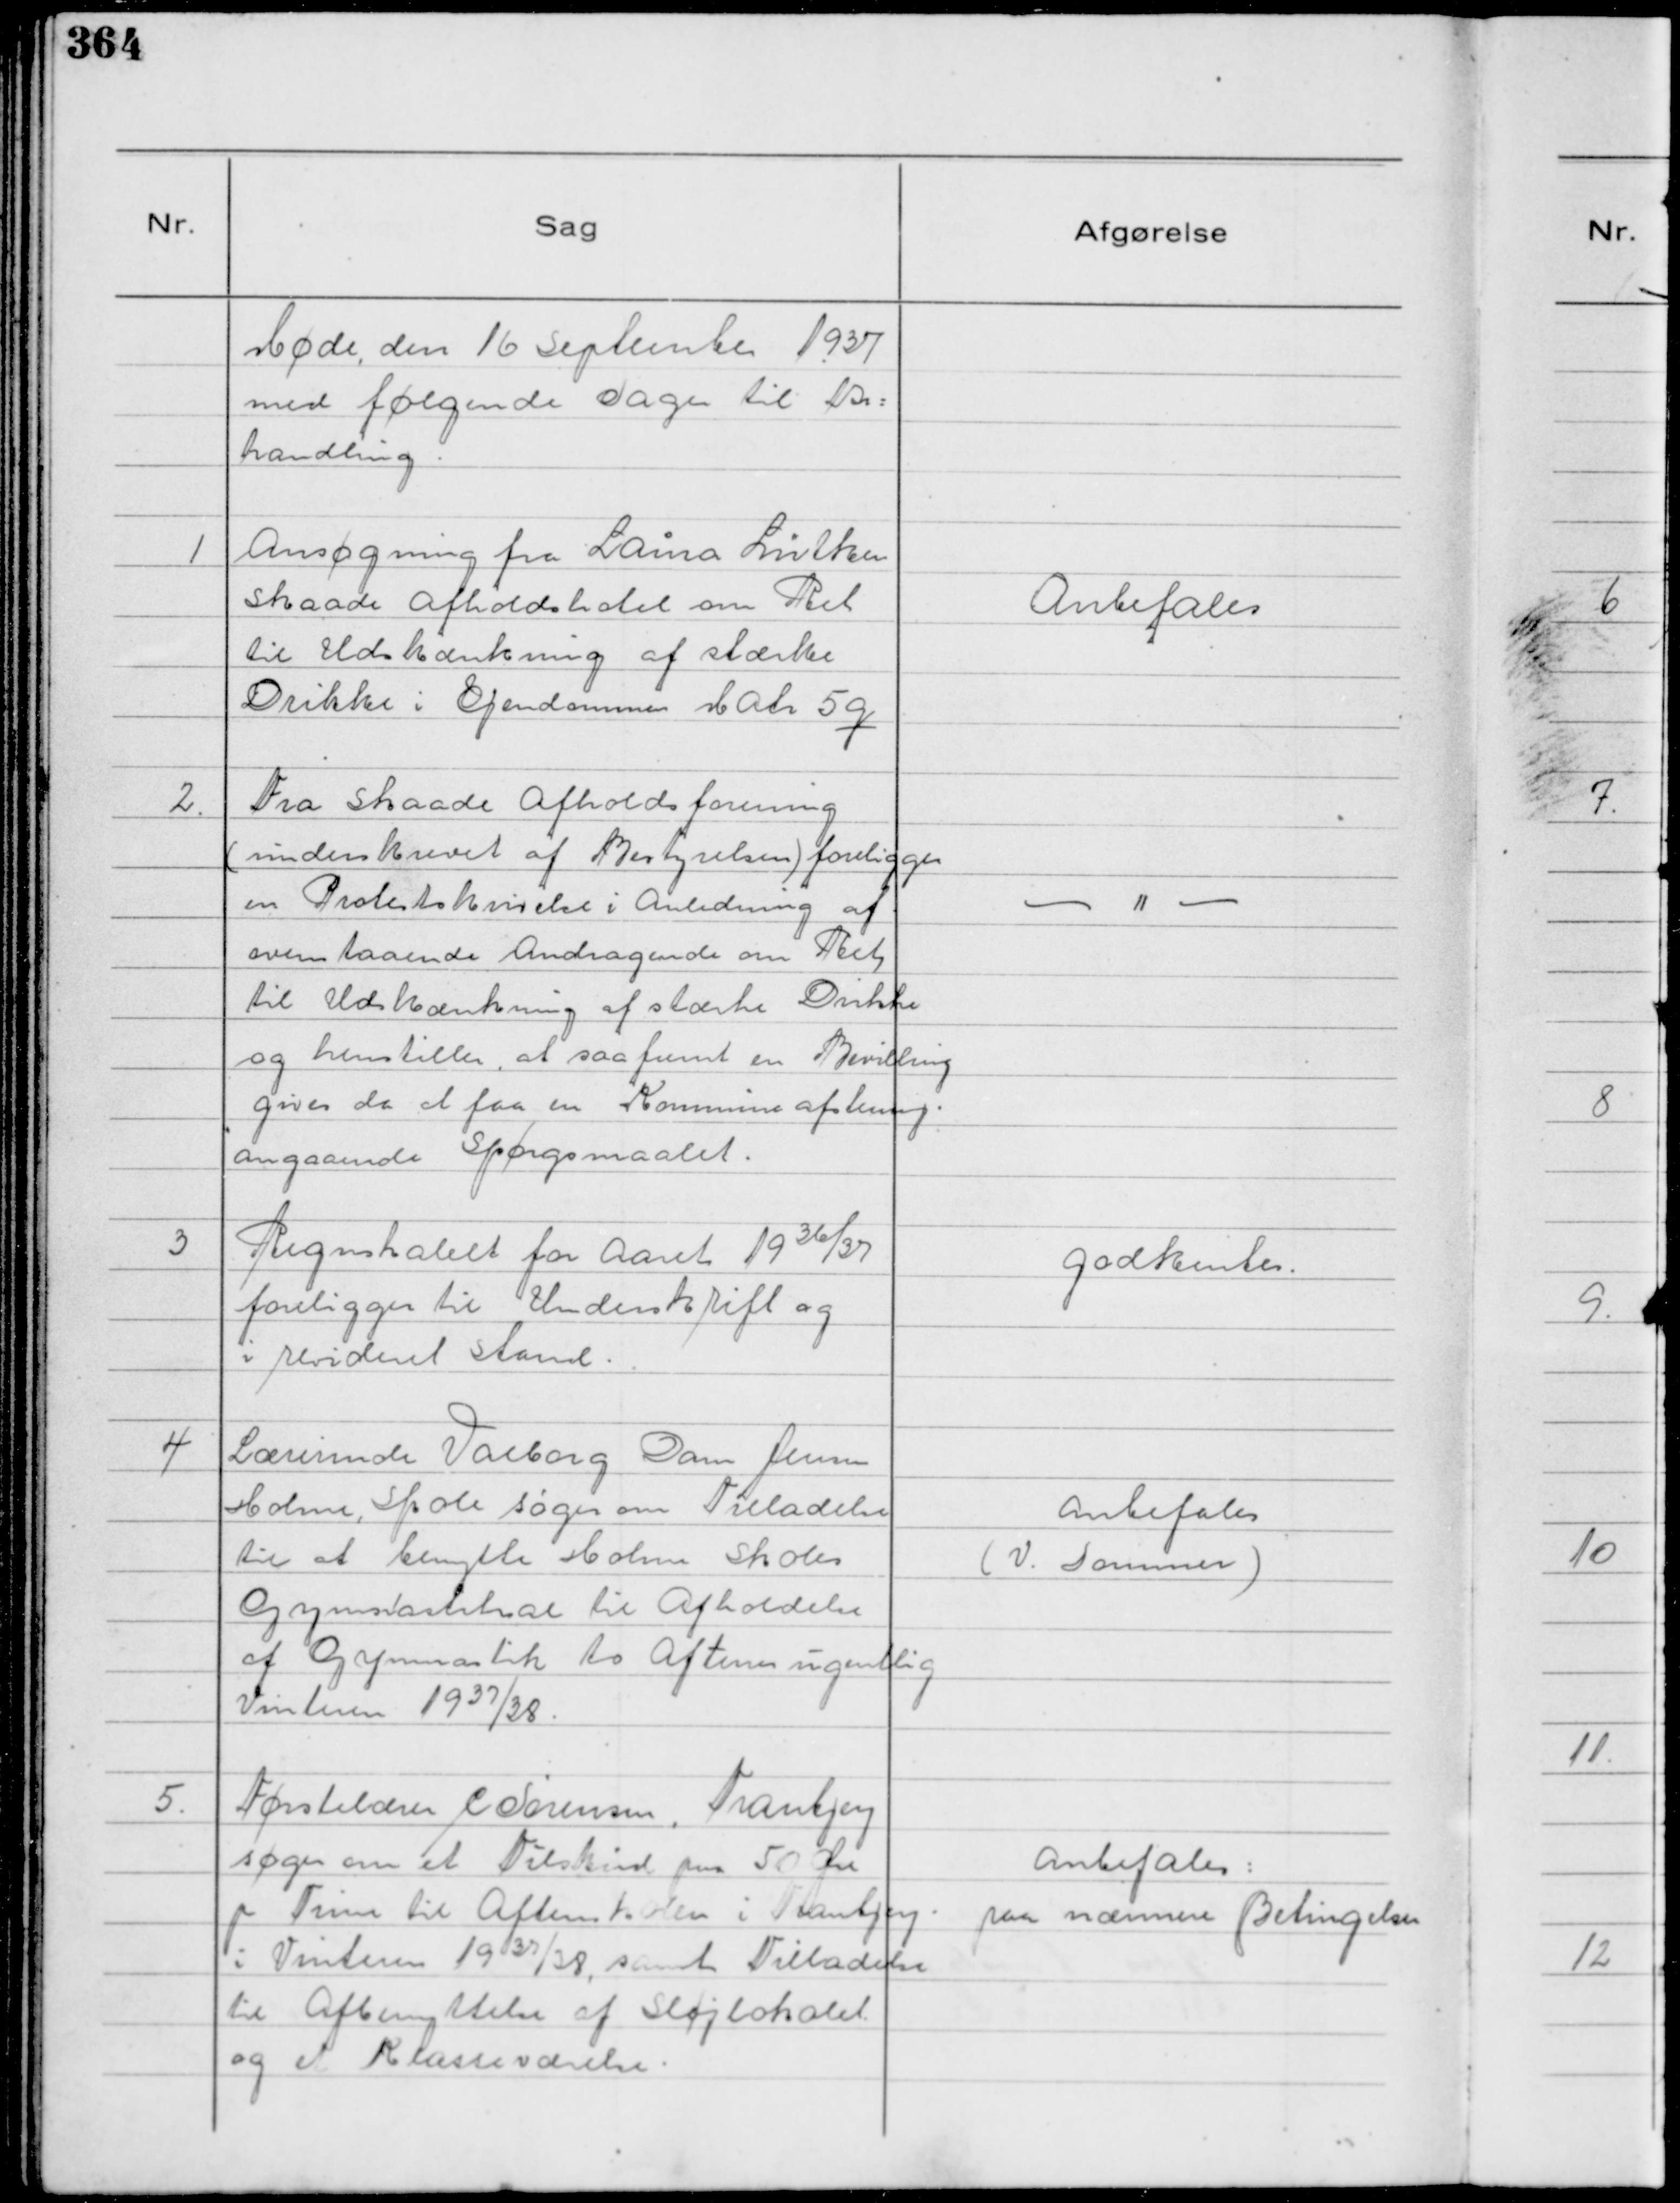
Transskription:
Møde, den 16 September 1937
med følgende Sager til Be=
handling.

1
Ansøgning fra Laina Lütken
Skaade Afholdshotel om Ret
til Udskænkning af stærke
Drikke i Ejendommen Matr 5 q

Anbefales

2.
Fra Skaade Afholdsforening
( underskrevet af Bestyrelsen ) foreligger
en Protestskrivelse i Anledning af
ovenstaaende Andragende om Ret
til Udskænkning af stærke Drikke
og henstilles, at saafremt en Bevilling
gives da at faa en Kommune afstemng.
angaaende Spørgsmaalet.

- " -

3
Regnskabet for Aaret 1936/37
foreligger til Underskrift og
i revideret Stand.

Godkentes.

4
Lærerinde Valborg Dam Jensen
Holme, Skole søger om Tilladelse
til at benytte Holme Skoles
Gymnastiksal til Afholdelse
af Gymnastik to Aftener ugentlig
Vinteren 1937/38.

Anbefales
( V. Sommer )

5.
Førstelærer C Sørensen, Tranbjerg
søger om et Tilskud paa 50 Øre
pr Time til Aftenskolen i Tranbjerg
i Vinteren 1937/38, samt Tilladelse
til Afbenyttelse af Sløjlokalet
og et Klasseværelse.

Anbefales :
paa nærmere Betingelser